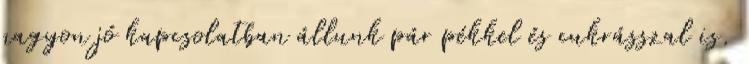
nagyon jó kapcsolatban állunk pár pékkel és cukrásszal is.